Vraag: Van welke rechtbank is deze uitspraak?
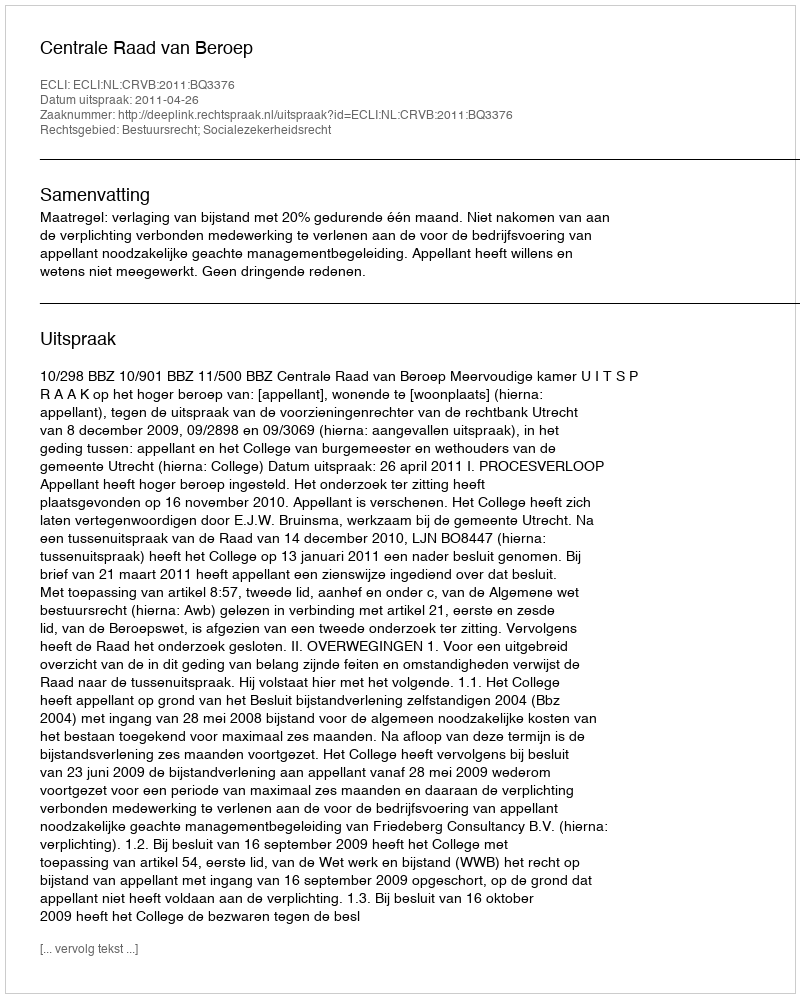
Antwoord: Centrale Raad van Beroep